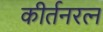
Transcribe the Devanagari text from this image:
कीर्तनरत्‍न